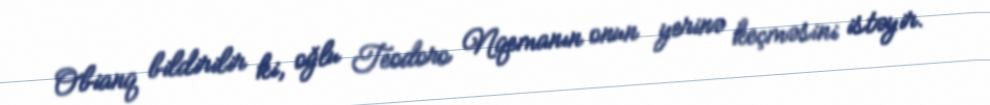
Obianq bildirilir ki, oğlu Teodoro Nqemanın onun yerinə keçməsini istəyir.